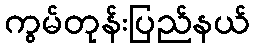
ကွမ်တုန်းပြည်နယ်